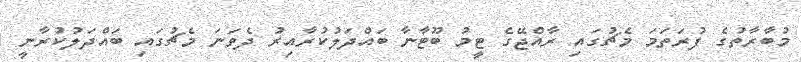
މުބާރާތުގެ ފުރަތަމަ މެޗުގައި ރާއްޖޭގެ ޓީމު ބޫޓާނާ ބައްދަލުކުރާއިރު ދެވަނަ މެޗުގައި ބައްދަލުކުރާނީ